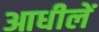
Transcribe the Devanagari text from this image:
आधीलें